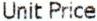
UNIT PRICE